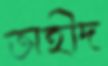
অহীদ